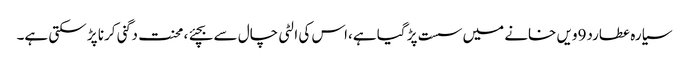
سیارہ عطارد9ویں خانے میں سست پڑ گیا ہے،اس کی الٹی چال سے بچئے ، محنت دگنی کرنا پڑ سکتی ہے۔